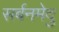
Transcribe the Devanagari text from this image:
सर्बनमेदु